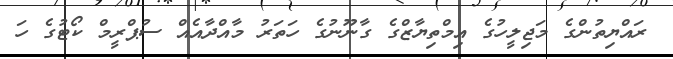
ރައްޔިތުންގެ މަޖިލީހުގެ އިމްތިޔާޒްގެ ގާނޫނުގެ ހަތަރު މާއްދާއެއް ސުޕްރީމް ކޯޓުގެ ހަ